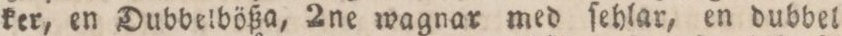
ker, en Dubbelbößa, 2ne wagnar med ſehlar, en dubbel